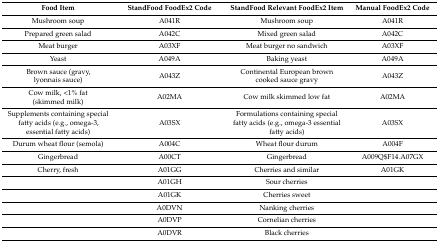
<table><thead><tr><td><b>Food Item</b></td><td><b>StandFood FoodEx2 Code</b></td><td><b>StandFood Relevant FoodEx2 Item</b></td><td><b>Manual FoodEx2 Code</b></td></tr></thead><tbody><tr><td>Mushroom soup</td><td>A041R</td><td>Mushroom soup</td><td>A041R</td></tr><tr><td>Prepared green salad</td><td>A042C</td><td>Mixed green salad</td><td>A042C</td></tr><tr><td>Meat burger</td><td>A03XF</td><td>Meat burger no sandwich</td><td>A03XF</td></tr><tr><td>Yeast</td><td>A049A</td><td>Baking yeast</td><td>A049A</td></tr><tr><td>Brown sauce (gravy, lyonnais sauce)</td><td>A043Z</td><td>Continental European brown cooked sauce gravy</td><td>A043Z</td></tr><tr><td>Cow milk, &lt;1% fat (skimmed milk)</td><td>A02MA</td><td>Cow milk skimmed low fat</td><td>A02MA</td></tr><tr><td>Supplements containing special fatty acids (e.g., omega-3, essential fatty acids)</td><td>A03SX</td><td>Formulations containing special fatty acids (e.g., omega-3 essential fatty acids)</td><td>A03SX</td></tr><tr><td>Durum wheat flour (semola)</td><td>A004C</td><td>Wheat flour durum</td><td>A004F</td></tr><tr><td>Gingerbread</td><td>A00CT</td><td>Gingerbread</td><td>A009Q$F14.A07GX</td></tr><tr><td>Cherry, fresh</td><td>A01GG</td><td>Cherries and similar</td><td>A01GK</td></tr><tr><td></td><td>A01GH</td><td>Sour cherries</td><td></td></tr><tr><td></td><td>A01GK</td><td>Cherries sweet</td><td></td></tr><tr><td></td><td>A0DVN</td><td>Nanking cherries</td><td></td></tr><tr><td></td><td>A0DVP</td><td>Cornelian cherries</td><td></td></tr><tr><td></td><td>A0DVR</td><td>Black cherries</td><td></td></tr></tbody></table>